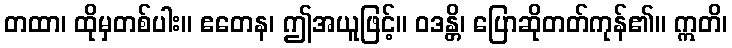
တထာ၊ ထိုမှတစ်ပါး။ ဧတေန၊ ဤအယူဖြင့်။ ဝဒန္တိ၊ ပြောဆိုတတ်ကုန်၏။ ဣတိ၊